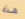
هذه